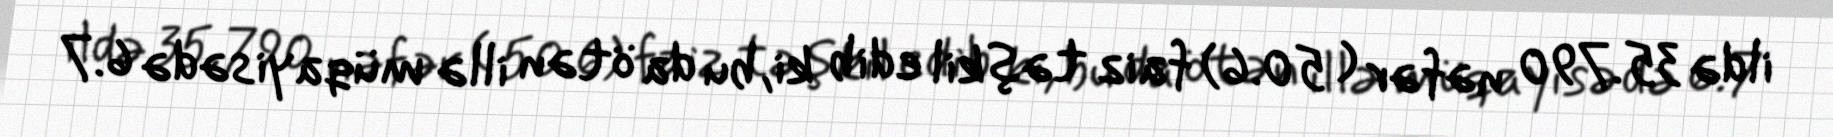
ildə 35.790 nəfər ( 50.6) faiz təşkil edib ki, bu da ötən illə müqayisədə 6.7